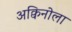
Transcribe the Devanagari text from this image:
अक्विनोला